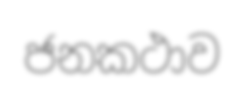
ජනකථාව